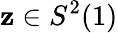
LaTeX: \mathbf{z}\in S^{2}(1)